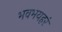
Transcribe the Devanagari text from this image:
भवभयहरं